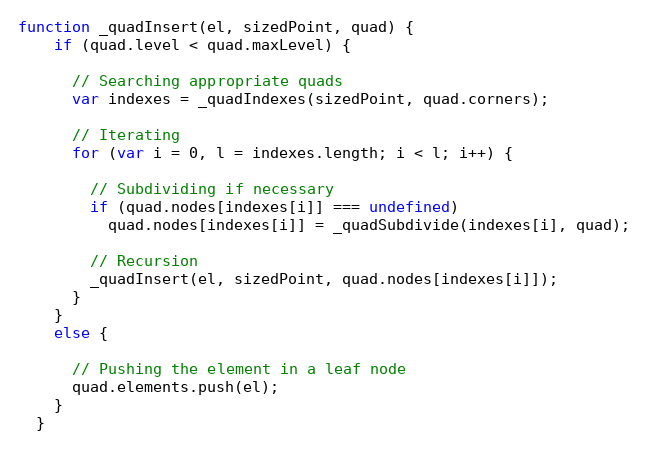
Language: JavaScript
function _quadInsert(el, sizedPoint, quad) {
    if (quad.level < quad.maxLevel) {

      // Searching appropriate quads
      var indexes = _quadIndexes(sizedPoint, quad.corners);

      // Iterating
      for (var i = 0, l = indexes.length; i < l; i++) {

        // Subdividing if necessary
        if (quad.nodes[indexes[i]] === undefined)
          quad.nodes[indexes[i]] = _quadSubdivide(indexes[i], quad);

        // Recursion
        _quadInsert(el, sizedPoint, quad.nodes[indexes[i]]);
      }
    }
    else {

      // Pushing the element in a leaf node
      quad.elements.push(el);
    }
  }